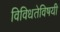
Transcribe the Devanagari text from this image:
विविधतेविषयी